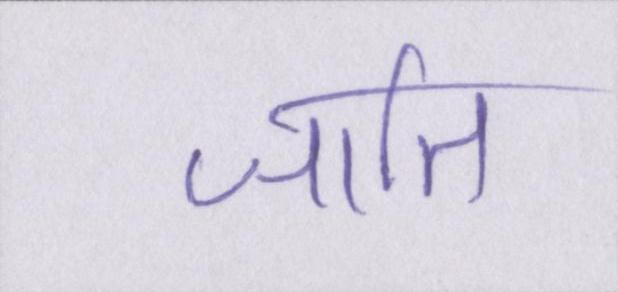
जाति